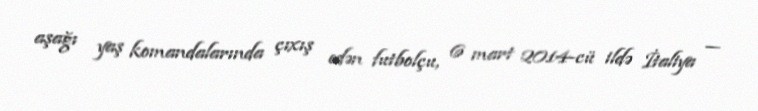
aşağı yaş komandalarında çıxış edən futbolçu, 6 mart 2014-cü ildə İtaliya —